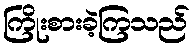
ကြိုးစားခဲ့ကြသည်